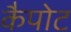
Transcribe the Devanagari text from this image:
कैपोट